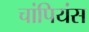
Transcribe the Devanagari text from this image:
चांपियंस